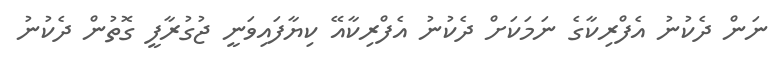
ނަން ދެކުނު އެފްރިކާގެ ނަމަކަށް ދެކުނު އެފްރިކާއޭ ކިޔާފައިވަނީ ޖުގުރާފީ ގޮތުން ދެކުނު